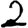
Digit: 2